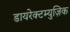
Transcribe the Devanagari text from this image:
डायरेक्टम्युज़िक